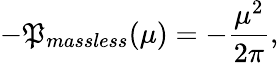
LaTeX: -\mathfrak{P}_{massless}(\mu)=-\frac{{\mu^{2}}}{{2\pi}},